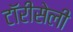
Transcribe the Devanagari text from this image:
टॉरीसेली